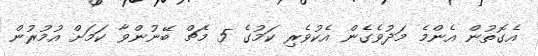
އެގޮތުން އެންމެ މަދުވެގެން އެކުވެރި ކަމުގެ 5 މެޗް ބޭނުންވާ ކަމަށް އުމުރުން